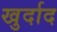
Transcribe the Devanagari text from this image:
खुर्दाद